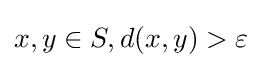
x,y\in S,d(x,y)>\varepsilon